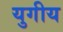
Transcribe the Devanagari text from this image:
युगीय